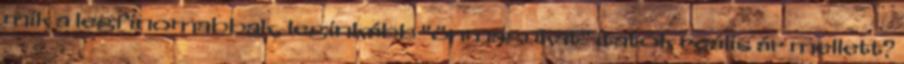
mik a legfinomabbak, leginkább "önmagukat" itatók reális ár mellett?